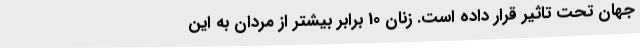
جهان تحت تاثیر قرار داده است. زنان 10 برابر بیشتر از مردان به این